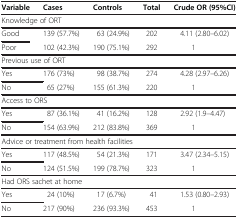
<table><thead><tr><td><b>Variable</b></td><td><b>Cases</b></td><td><b>Controls</b></td><td><b>Total</b></td><td><b>Crude OR (95%CI)</b></td></tr></thead><tbody><tr><td colspan="5">Knowledge of ORT</td></tr><tr><td>Good</td><td>139 (57.7%)</td><td>63 (24.9%)</td><td>202</td><td>4.11 (2.80–6.02)</td></tr><tr><td>Poor</td><td>102 (42.3%)</td><td>190 (75.1%)</td><td>292</td><td>1</td></tr><tr><td colspan="5">Previous use of ORT</td></tr><tr><td>Yes</td><td>176 (73%)</td><td>98 (38.7%)</td><td>274</td><td>4.28 (2.97–6.26)</td></tr><tr><td>No</td><td>65 (27%)</td><td>155 (61.3%)</td><td>220</td><td>1</td></tr><tr><td colspan="5">Access to ORS</td></tr><tr><td>Yes</td><td>87 (36.1%)</td><td>41 (16.2%)</td><td>128</td><td>2.92 (1.9–4.47)</td></tr><tr><td>No</td><td>154 (63.9%)</td><td>212 (83.8%)</td><td>369</td><td>1</td></tr><tr><td colspan="5">Advice or treatment from health facilities</td></tr><tr><td>Yes</td><td>117 (48.5%)</td><td>54 (21.3%)</td><td>171</td><td>3.47 (2.34–5.15)</td></tr><tr><td>No</td><td>124 (51.5%)</td><td>199 (78.7%)</td><td>323</td><td>1</td></tr><tr><td colspan="5">Had ORS sachet at home</td></tr><tr><td>Yes</td><td>24 (10%)</td><td>17 (6.7%)</td><td>41</td><td>1.53 (0.80–2.93)</td></tr><tr><td>No</td><td>217 (90%)</td><td>236 (93.3%)</td><td>453</td><td>1</td></tr></tbody></table>